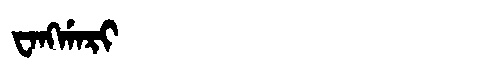
Manchu: ᠸᠠᠩᡤᠠᡵᡳ
Romanization: WANGGARI